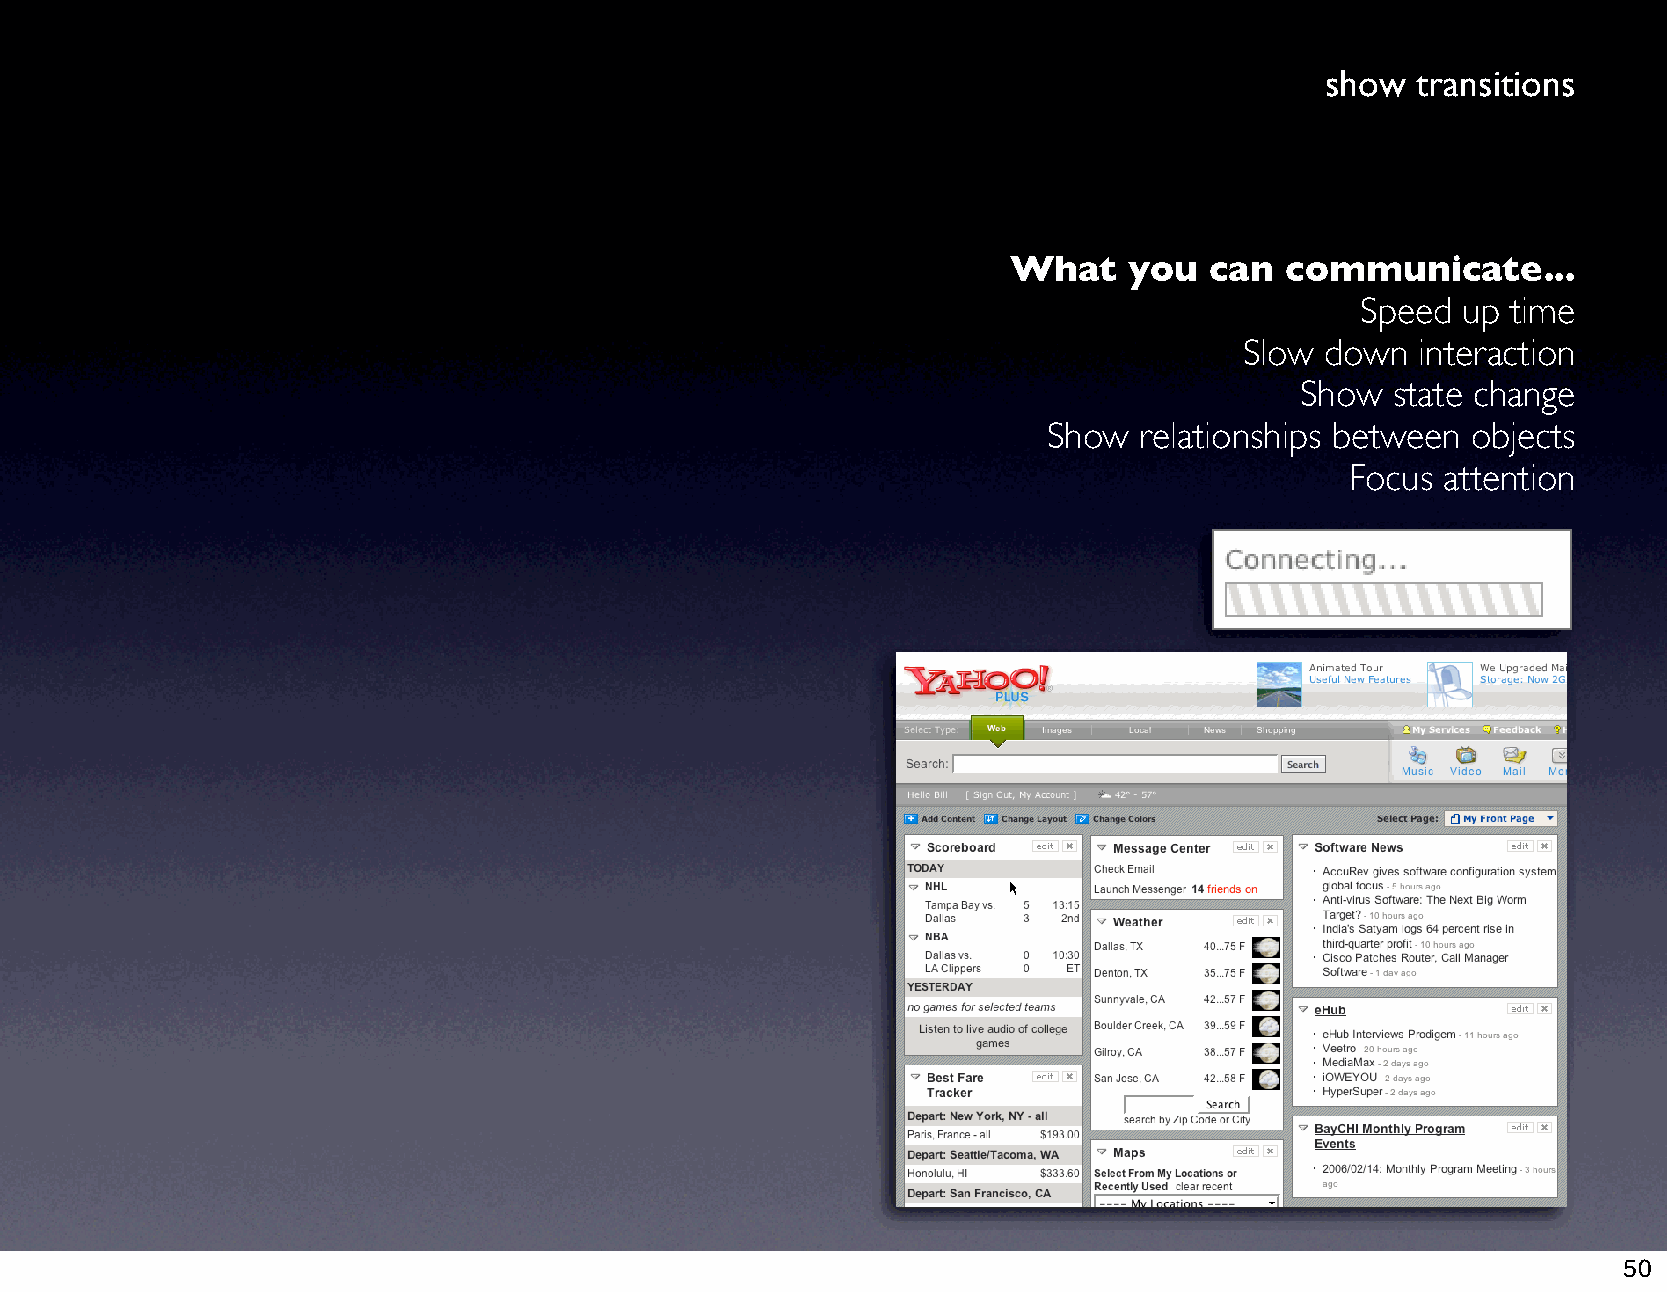
show  transitions
 What    you  can  communicate...
 Speed  up time
 Slow  down  interaction
 Show  state change
 Show  relationships between objects
 Focus  attention
 50